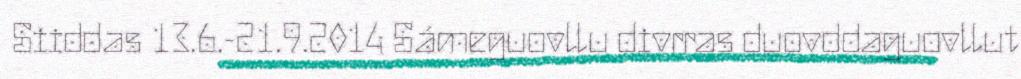
Siiddas 13.6.-21.9.2014 Sámeguovllu divrras duovddaguovllut